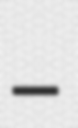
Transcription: –